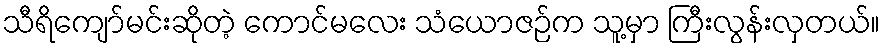
သီရိကျော်မင်းဆိုတဲ့ ကောင်မလေး သံယောဇဉ်က သူ့မှာ ကြီးလွန်းလှတယ်။